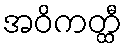
အဝိကတ္ထီ